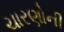
ચારણોની